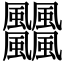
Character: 𩙡